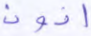
أذون